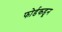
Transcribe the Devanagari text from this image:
फोर्डकडून